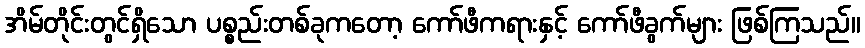
အိမ်တိုင်းတွင်ရှိသော ပစ္စည်းတစ်ခုကတော့ ကော်ဖီကရားနှင့် ကော်ဖီခွက်များ ဖြစ်ကြသည်။